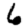
Digit: 6